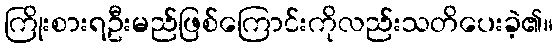
ကြိုးစားရဦးမည်ဖြစ်ကြောင်းကိုလည်းသတိပေးခဲ့၏။